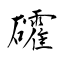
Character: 礭